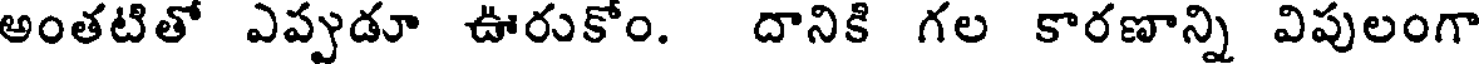
అంతటితో ఎప్పుడూ ఊరుకోం. దానికి గల కారణాన్ని విపులంగా